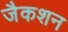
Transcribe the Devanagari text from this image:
जैकशन